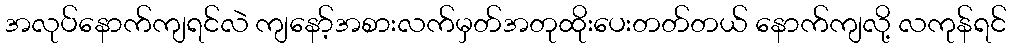
အလုပ်နောက်ကျရင်လဲ ကျနော့်အစားလက်မှတ်အတုထိုးပေးတတ်တယ် နောက်ကျလို့ လကုန်ရင်